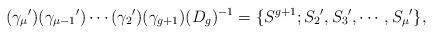
LaTeX: \begin{align*}({\gamma_\mu}')({\gamma_{\mu-1}}')\cdots({\gamma_2}')(\gamma_{g+1})(D_g)^{-1}=\{S^{g+1};{S_2}',{S_3}',\cdots,{S_\mu}'\},\end{align*}